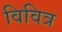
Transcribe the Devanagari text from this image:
विवित्र